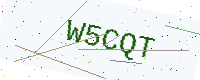
Text: W5CQT